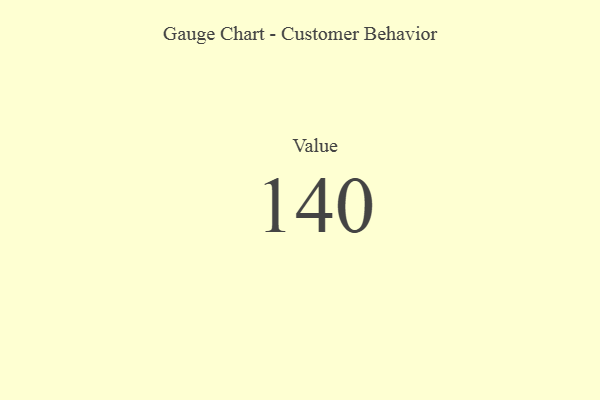
{"axis": {"x": "Metric", "y": "Value"}, "legend": [""], "data": [{"x": "Value", "y": 140, "type": ""}]}